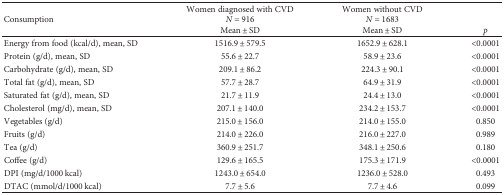
| <ROWSPAN=2> Consumption | Women diagnosed with CVDN = 916 | Women without CVDN = 1683 |  |
 | Mean ± SD | Mean ± SD | p |
 | --- | --- | --- | --- |
 | Energy from food (kcal/d), mean, SD | 1516.9 ± 579.5 | 1652.9 ± 628.1 | <0.0001 |
 | Protein (g/d), mean, SD | 55.6 ± 22.7 | 58.9 ± 23.6 | <0.0001 |
 | Carbohydrate (g/d), mean, SD | 209.1 ± 86.2 | 224.3 ± 90.1 | <0.0001 |
 | Total fat (g/d), mean, SD | 57.7 ± 28.7 | 64.9 ± 31.9 | <0.0001 |
 | Saturated fat (g/d), mean, SD | 21.7 ± 11.9 | 24.4 ± 13.0 | <0.0001 |
 | Cholesterol (mg/d), mean, SD | 207.1 ± 140.0 | 234.2 ± 153.7 | <0.0001 |
 | Vegetables (g/d) | 215.0 ± 156.0 | 214.0 ± 155.0 | 0.850 |
 | Fruits (g/d) | 214.0 ± 226.0 | 216.0 ± 227.0 | 0.989 |
 | Tea (g/d) | 360.9 ± 251.7 | 348.1 ± 250.6 | 0.180 |
 | Coffee (g/d) | 129.6 ± 165.5 | 175.3 ± 171.9 | <0.0001 |
 | DPI (mg/d/1000 kcal) | 1243.0 ± 654.0 | 1236.0 ± 528.0 | 0.493 |
 | DTAC (mmol/d/1000 kcal) | 7.7 ± 5.6 | 7.7 ± 4.6 | 0.099 |